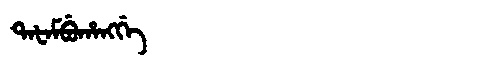
Manchu: ᡨᠠᡶᠠᠮᠪᡠᡥᠠᠩᡤᡝ
Romanization: TAFAMBUHANGGE